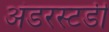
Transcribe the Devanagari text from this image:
अंडरस्टडी